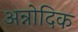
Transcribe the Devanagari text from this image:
अन्नोदिक